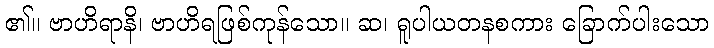
၏။ ဗာဟိရာနိ၊ ဗာဟိရဖြစ်ကုန်သော။ ဆ၊ ရူပါယတနစကား ခြောက်ပါးသော